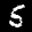
Label: 5